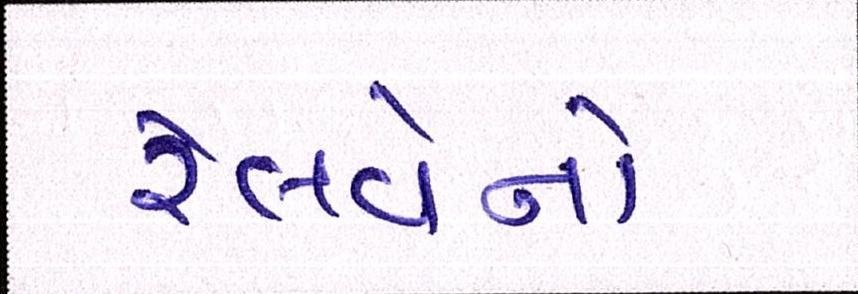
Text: રેલવેનો